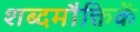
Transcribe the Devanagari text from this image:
शब्दमौक्तिकें